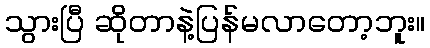
သွားပြီ ဆိုတာနဲ့ပြန်မလာတော့ဘူး။